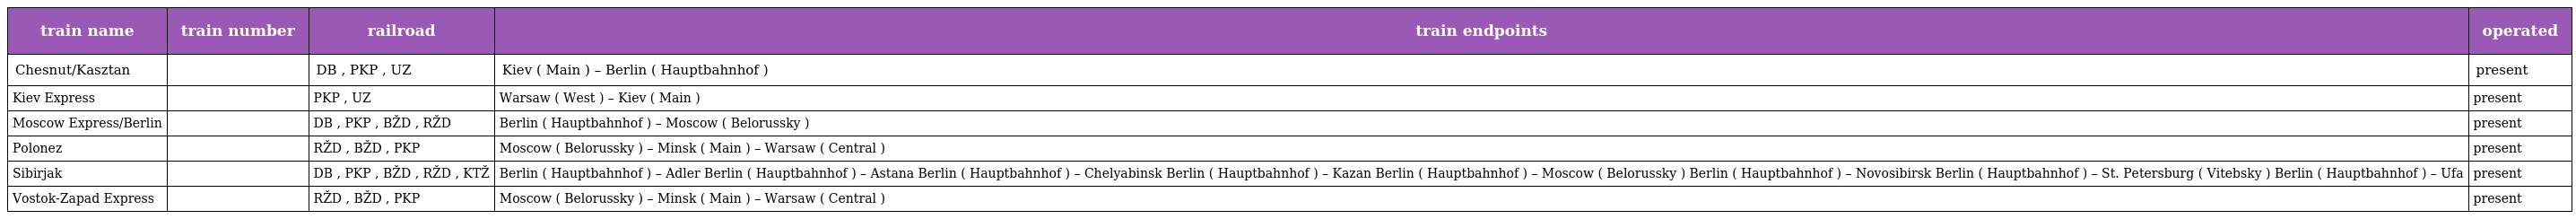
| train name | train number | railroad | train endpoints | operated |
 | --- | --- | --- | --- | --- |
 | Chesnut/Kasztan |  | DB , PKP , UZ | Kiev ( Main ) – Berlin ( Hauptbahnhof ) | present |
 | Kiev Express |  | PKP , UZ | Warsaw ( West ) – Kiev ( Main ) | present |
 | Moscow Express/Berlin |  | DB , PKP , BŽD , RŽD | Berlin ( Hauptbahnhof ) – Moscow ( Belorussky ) | present |
 | Polonez |  | RŽD , BŽD , PKP | Moscow ( Belorussky ) – Minsk ( Main ) – Warsaw ( Central ) | present |
 | Sibirjak |  | DB , PKP , BŽD , RŽD , KTŽ | Berlin ( Hauptbahnhof ) – Adler Berlin ( Hauptbahnhof ) – Astana Berlin ( Hauptbahnhof ) – Chelyabinsk Berlin ( Hauptbahnhof ) – Kazan Berlin ( Hauptbahnhof ) – Moscow ( Belorussky ) Berlin ( Hauptbahnhof ) – Novosibirsk Berlin ( Hauptbahnhof ) – St. Petersburg ( Vitebsky ) Berlin ( Hauptbahnhof ) – Ufa | present |
 | Vostok-Zapad Express |  | RŽD , BŽD , PKP | Moscow ( Belorussky ) – Minsk ( Main ) – Warsaw ( Central ) | present |